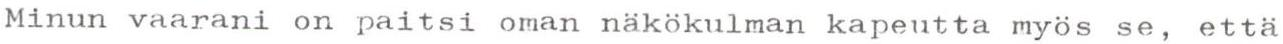
Minun vaarani on paitsi oman näkökulman kapeutta myös se, että